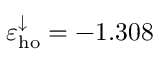
\varepsilon _ { \mathrm { h o } } ^ { \downarrow } = - 1 . 3 0 8